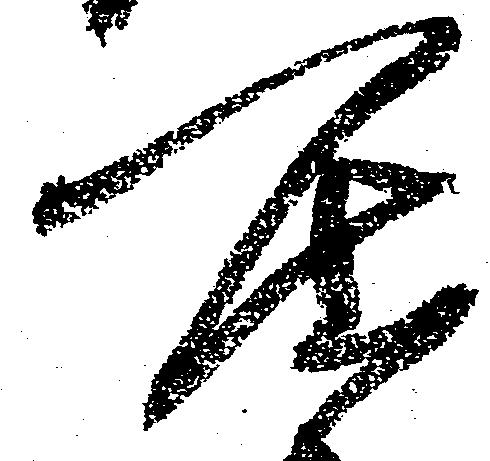
居